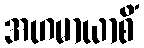
အဟမာယာစိံ